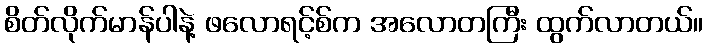
စိတ်လိုက်မာန်ပါနဲ့ ဖလောရင့်စ်က အလောတကြီး ထွက်လာတယ်။